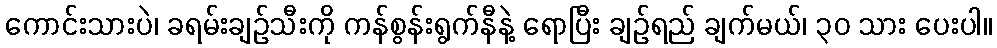
ကောင်းသားပဲ၊ ခရမ်းချဉ်သီးကို ကန်စွန်းရွက်နီနဲ့ ရောပြီး ချဉ်ရည် ချက်မယ်၊ ၃၀ သား ပေးပါ။